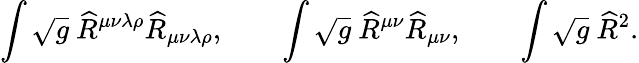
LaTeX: \int\sqrt{g}~\widehat{R}^{\mu\nu\lambda\rho}\widehat{R}_{\mu\nu\lambda\rho},\qquad\int\sqrt{g}~\widehat{R}^{\mu\nu}\widehat{R}_{\mu\nu},\qquad\int\sqrt{g}~\widehat{R}^{2}.